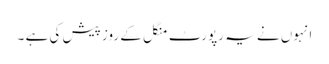
انہوں نے یہ رپورٹ منگل کے روز پیش کی ہے ۔